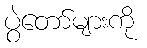
ပွဲတော်များကို